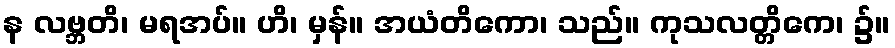
န လဗ္ဘတိ၊ မရအပ်။ ဟိ၊ မှန်။ အယံတိကော၊ သည်။ ကုသလတ္တိကေ၊ ၌။